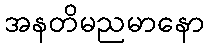
အနတိမညမာနော